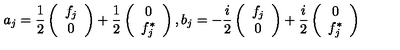
a _ { j } = \frac { 1 } { 2 } \left( \begin{array} { c } { f _ { j } } \\ { 0 } \\ \end{array} \right) + \frac { 1 } { 2 } \left( \begin{array} { c } { 0 } \\ { f _ { j } ^ { \ast } } \\ \end{array} \right) , b _ { j } = - \frac { i } { 2 } \left( \begin{array} { c } { f _ { j } } \\ { 0 } \\ \end{array} \right) + \frac { i } { 2 } \left( \begin{array} { c } { 0 } \\ { f _ { j } ^ { \ast } } \\ \end{array} \right)